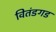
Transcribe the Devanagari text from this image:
वितंडगड